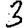
Digit: 3